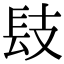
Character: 𨱜